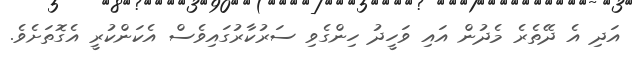
އަދި އެ ދޭތެރެ މެދުން އައި ވަހީދު ހިންގެވި ސަރުކާރުގައިވެސް އެކަންކުރީ އެގޮތަށެވެ.